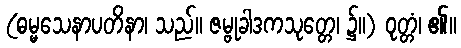
(ဓမ္မသေနာပတိနာ၊ သည်။ ဇမ္ဗုခါဒကသုတ္တေ၊ ၌။) ဝုတ္တံ၊ ၏။